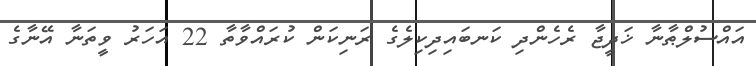
އައްސުލްޠާނާ ޚަދީޖާ ރެހެންދި ކަނބައިދިކިލެގެ ރަނިކަން ކުރައްވާތާ 22 އަހަރު ވީތަނާ އޭނާގެ